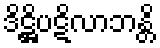
ဒိဋ္ဌိပဋိလာဘန္တိ